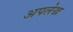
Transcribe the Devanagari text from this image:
अपलेख